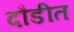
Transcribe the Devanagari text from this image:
दौडीत